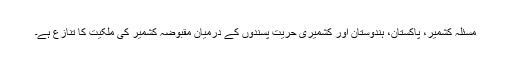
مسئلہ کشمیر، پاکستان، ہندوستان اور کشمیری حریت پسندوں کے درمیان مقبوضہ کشمیر کی ملکیت کا تنازع ہے۔